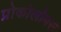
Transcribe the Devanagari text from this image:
प्रोकोलोबस